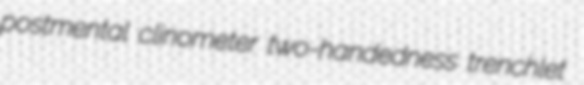
postmental clinometer two-handedness trenchlet